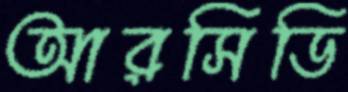
আরসিডি